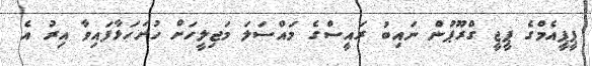
ޕީޕީއެމްގެ ޕީޖީ ގްރޫޕުން ނައިބު ރައީސްގެ މައްސަލަ މަޖިލީހަށް ހުށަހަޅާފައިވާ އިރު އެ